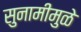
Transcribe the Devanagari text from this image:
सुनामीमुळे